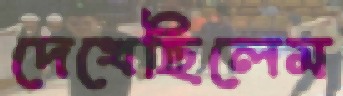
দেখেছিলেম